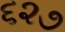
૬૨૭